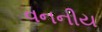
વનનીય